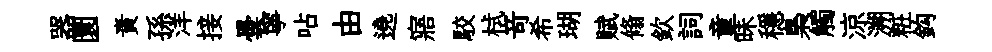
器圜責孫洋接曇寧呫由遶寤駮栻竒希瑚赋翛欽詞童昧穩梟觸涼溯粧鈎